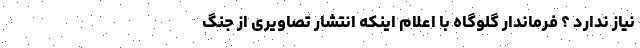
نیاز ندارد ؟ فرماندار گلوگاه با اعلام اینکه انتشار تصاویری از جنگ